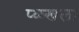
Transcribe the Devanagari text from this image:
प्ळ्खला